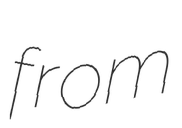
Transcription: from